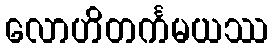
လောဟိတင်္ကမယဿ